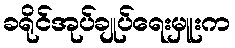
ခရိုင်အုပ်ချုပ်ရေးမှူးက